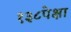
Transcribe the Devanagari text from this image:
१३८पेक्षा